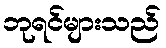
ဘုရင်များသည်